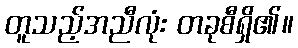
တူသည့်အညီလုံး တခုစီရှိ၏။